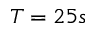
T = 2 5 s